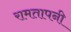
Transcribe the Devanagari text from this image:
रामतापनी